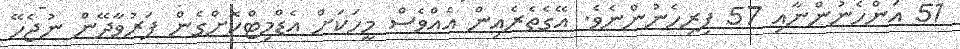
51 އަންހެނުންނާއި 57 ފިރިހެނުންނެވެ. އޭގެތެރެއިން އެއްވެސް މީހަކަށް އެޑްމިޓްކޮށްގެން ފަރުވާދޭން ނުޖެހޭ